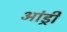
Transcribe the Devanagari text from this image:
आंड्री